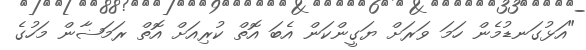
"އަޅުގަނޑުމެން ހަމަ ވަރަށް ޔަގީންކަން އެބަ އޮތް ކުރިއަށް އޮތް ރަމަޟާން މަހުގެ